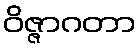
ဝိဇ္ဇာဂတာ